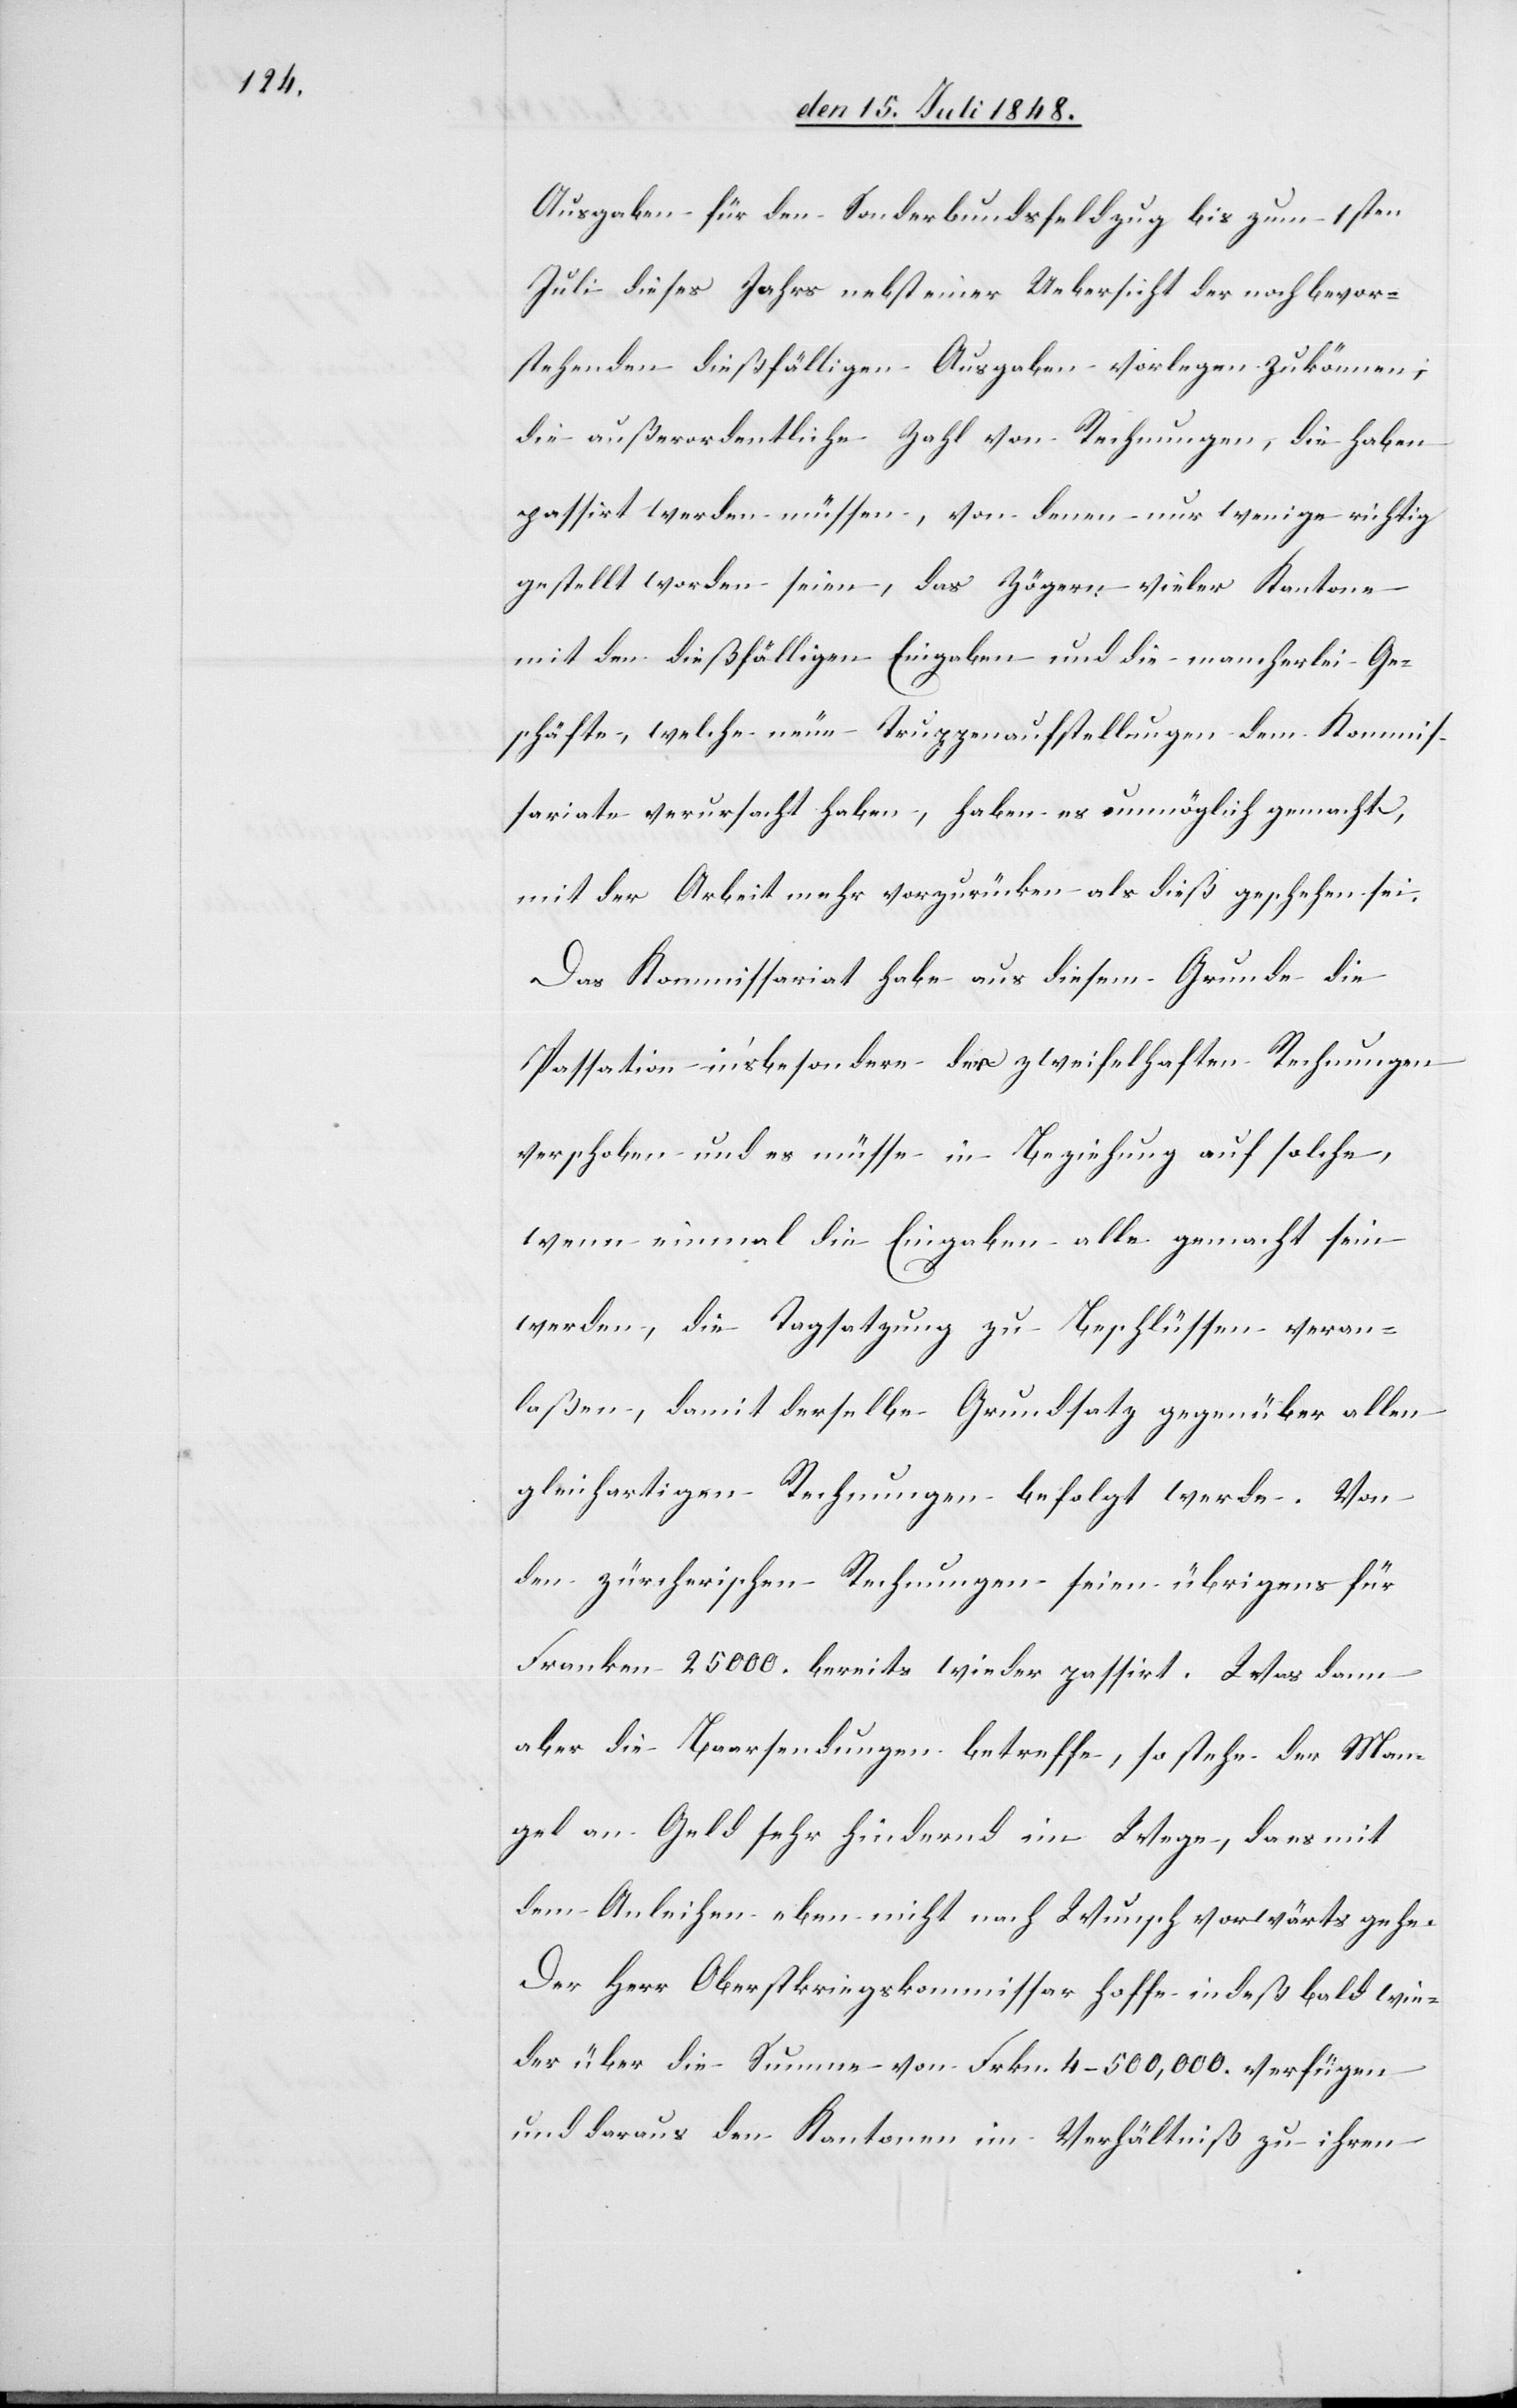
Ausgaben für den Sonderbundsfeldzug bis zum 1sten
Juli dieses Jahres nebst einer Uebersicht der noch bevor¬
stehenden dießfälligen Ausgaben vorlegen zu können;
die außerordentliche Zahl von Rechnungen, die haben
passirt werden müssen, von denen nur wenige richtig
gestellt worden seien, das Zögern vieler Kantone
mit den dießfälligen Eingaben und die mancherlei Ge¬
schäfte, welche neue Truppenaufstellungen dem Kommis¬
sariate verursacht haben, haben es unmöglich gemacht,
mit der Arbeit mehr vorzurücken als dieß geschehen sei.
Das Kommissariat habe aus diesem Grunde die
Passation in’sbesondere der zweifelhaften Rechnungen
verschoben und es müsse in Beziehung auf solche,
wenn einmal die Eingaben alle gemacht sein
werden, die Tagsatzung zu Beschlüssen veran¬
laßen, damit derselbe Grundsatz gegenüber allen
gleichartigen Rechnungen befolgt werde. Von
den zürcherischen Rechnungen seien übrigens für
Franken 25000. bereits wieder passirt. Was dann
aber die Baarsendungen betreffe, so stehe der Man¬
gel an Geld sehr hindernd im Wege, da es mit
dem Anleihen eben nicht nach Wunsch vorwärts gehe.
Der Herr Oberkriegskommissar hoffe indeß bald wie¬
der über die Summe von Frkn. 4–500,000. verfügen
und daraus den Kantonen im Verhältniß zu ihren